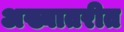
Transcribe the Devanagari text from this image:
अख्यातरीत